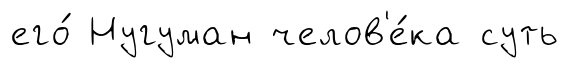
его́ Нугуман челов'е́ка суть